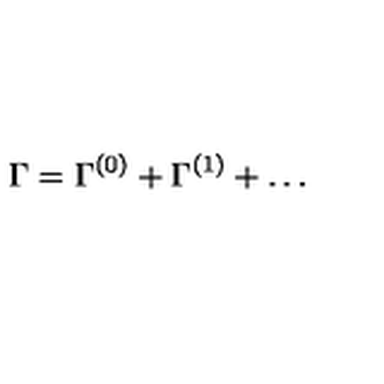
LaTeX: \Gamma = \Gamma ^ { ( 0 ) } + \Gamma ^ { ( 1 ) } + \dots